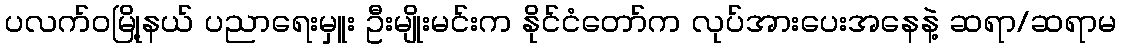
ပလက်ဝမြို့နယ် ပညာရေးမှူး ဦးမျိုးမင်းက နိုင်ငံတော်က လုပ်အားပေးအနေနဲ့ ဆရာ/ဆရာမ